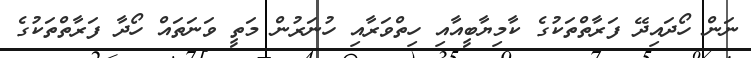
ނަން ހޯދައިދޭ ފަރާތްތަކުގެ ކާމިޔާބީއާއި ހިތްވަރާއި ހުނަރުން މަތީ ވަނަތައް ހޯދާ ފަރާތްތަކުގެ